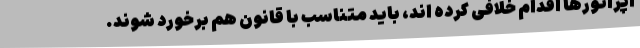
اپراتورها اقدام خلافی کرده اند، باید متناسب با قانون هم برخورد شوند.